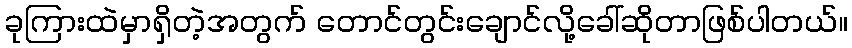
ခုကြားထဲမှာရှိတဲ့အတွက် တောင်တွင်းချောင်လို့ခေါ်ဆိုတာဖြစ်ပါတယ်။